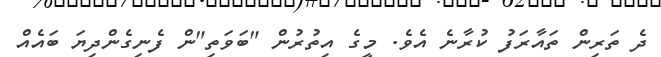
ދެ ތަރިން ތައާރަފު ކުރާނެ އެވެ. މީގެ އިތުރުން "ބަވަތި"ން ފެނިގެންދިޔަ ބައެއް